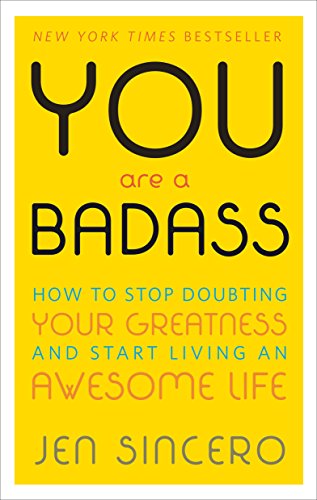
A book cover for You Are a Badass: How to Stop Doubting Your Greatness and Start Living an Awesome Life; Jen Sincero; Self-Help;